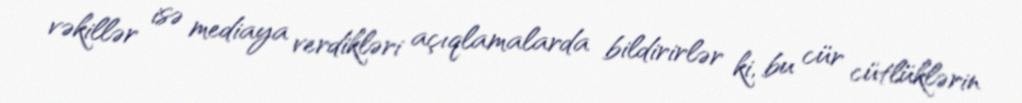
vəkillər isə mediaya verdikləri açıqlamalarda bildirirlər ki, bu cür cütlüklərin